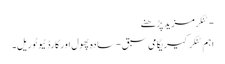
- ٹنکرمزید پڑھنے
اہم ٹنکرکیریگامی سبق - سادہ پھول اور کارڈ ٹیوٹوریل۔